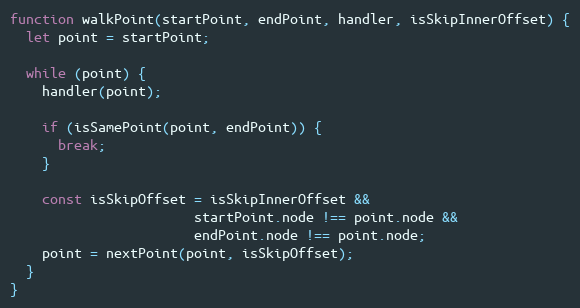
Language: JavaScript
function walkPoint(startPoint, endPoint, handler, isSkipInnerOffset) {
  let point = startPoint;

  while (point) {
    handler(point);

    if (isSamePoint(point, endPoint)) {
      break;
    }

    const isSkipOffset = isSkipInnerOffset &&
                       startPoint.node !== point.node &&
                       endPoint.node !== point.node;
    point = nextPoint(point, isSkipOffset);
  }
}